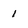
Character: 1